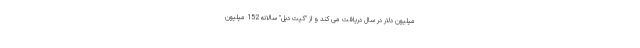
میلیون دلار در سال دریافت می کند و از "کیت دیل" سالانه 152 میلیون